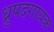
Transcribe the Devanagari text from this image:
ध्रुपदगायक